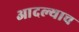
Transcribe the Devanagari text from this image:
आदल्याच